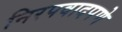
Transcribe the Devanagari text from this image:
निरपवादपणे